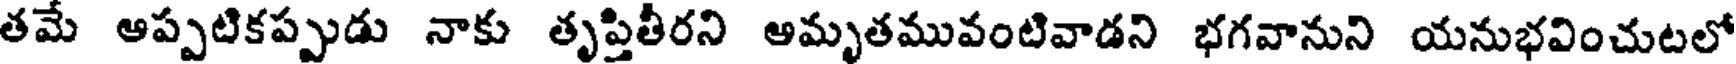
తమే ఆప్పటికప్పుడు నాకు తృప్తితీరని అమృతమువంటివాడని భగవానుని యనుభవించుటలో